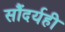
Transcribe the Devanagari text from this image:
सौंदर्यही